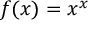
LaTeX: f ( x ) = x ^ { x }